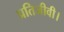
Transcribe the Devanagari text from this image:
प्रतिजीवी।